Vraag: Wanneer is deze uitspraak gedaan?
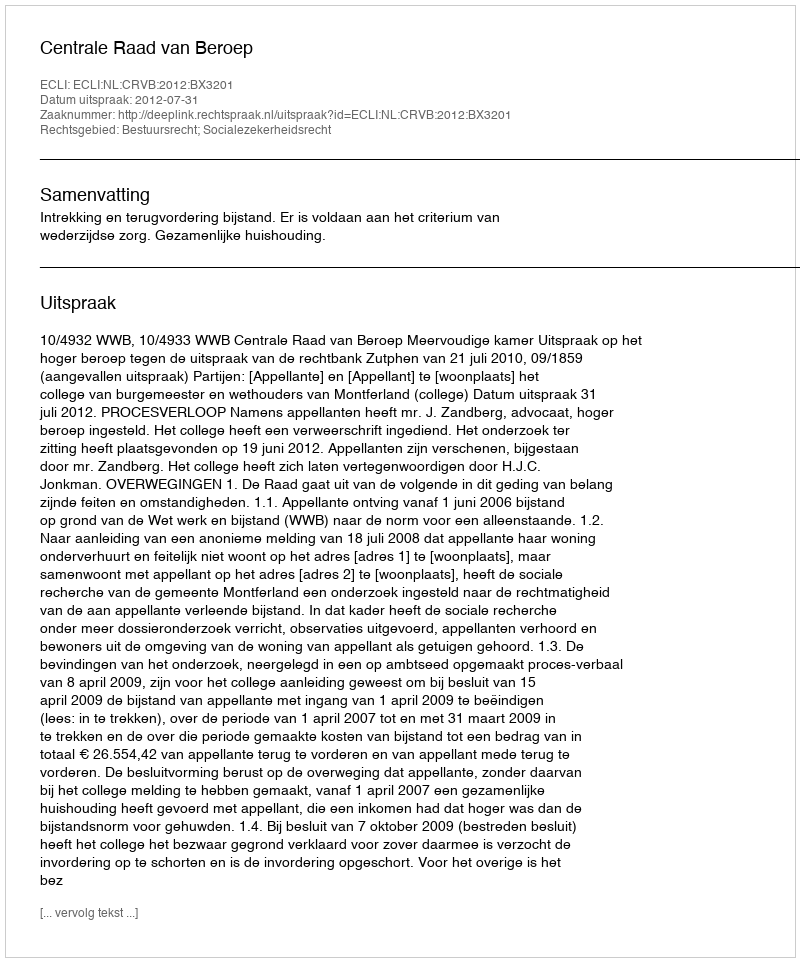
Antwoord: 2012-07-31